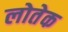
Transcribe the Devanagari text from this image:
लोतेक